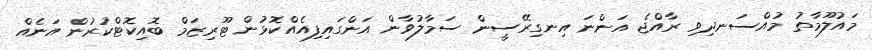
މައުލޫމާތު މުއްސަނދިވި ރާއްޖެ އަންނަ އިނގިރޭސީން ސަމާލުވާން އަންގައިފިއެއްކޮޅުން ޓޫރިޒަމް ބޮއިކޮޓްކުރުން އަނެއް